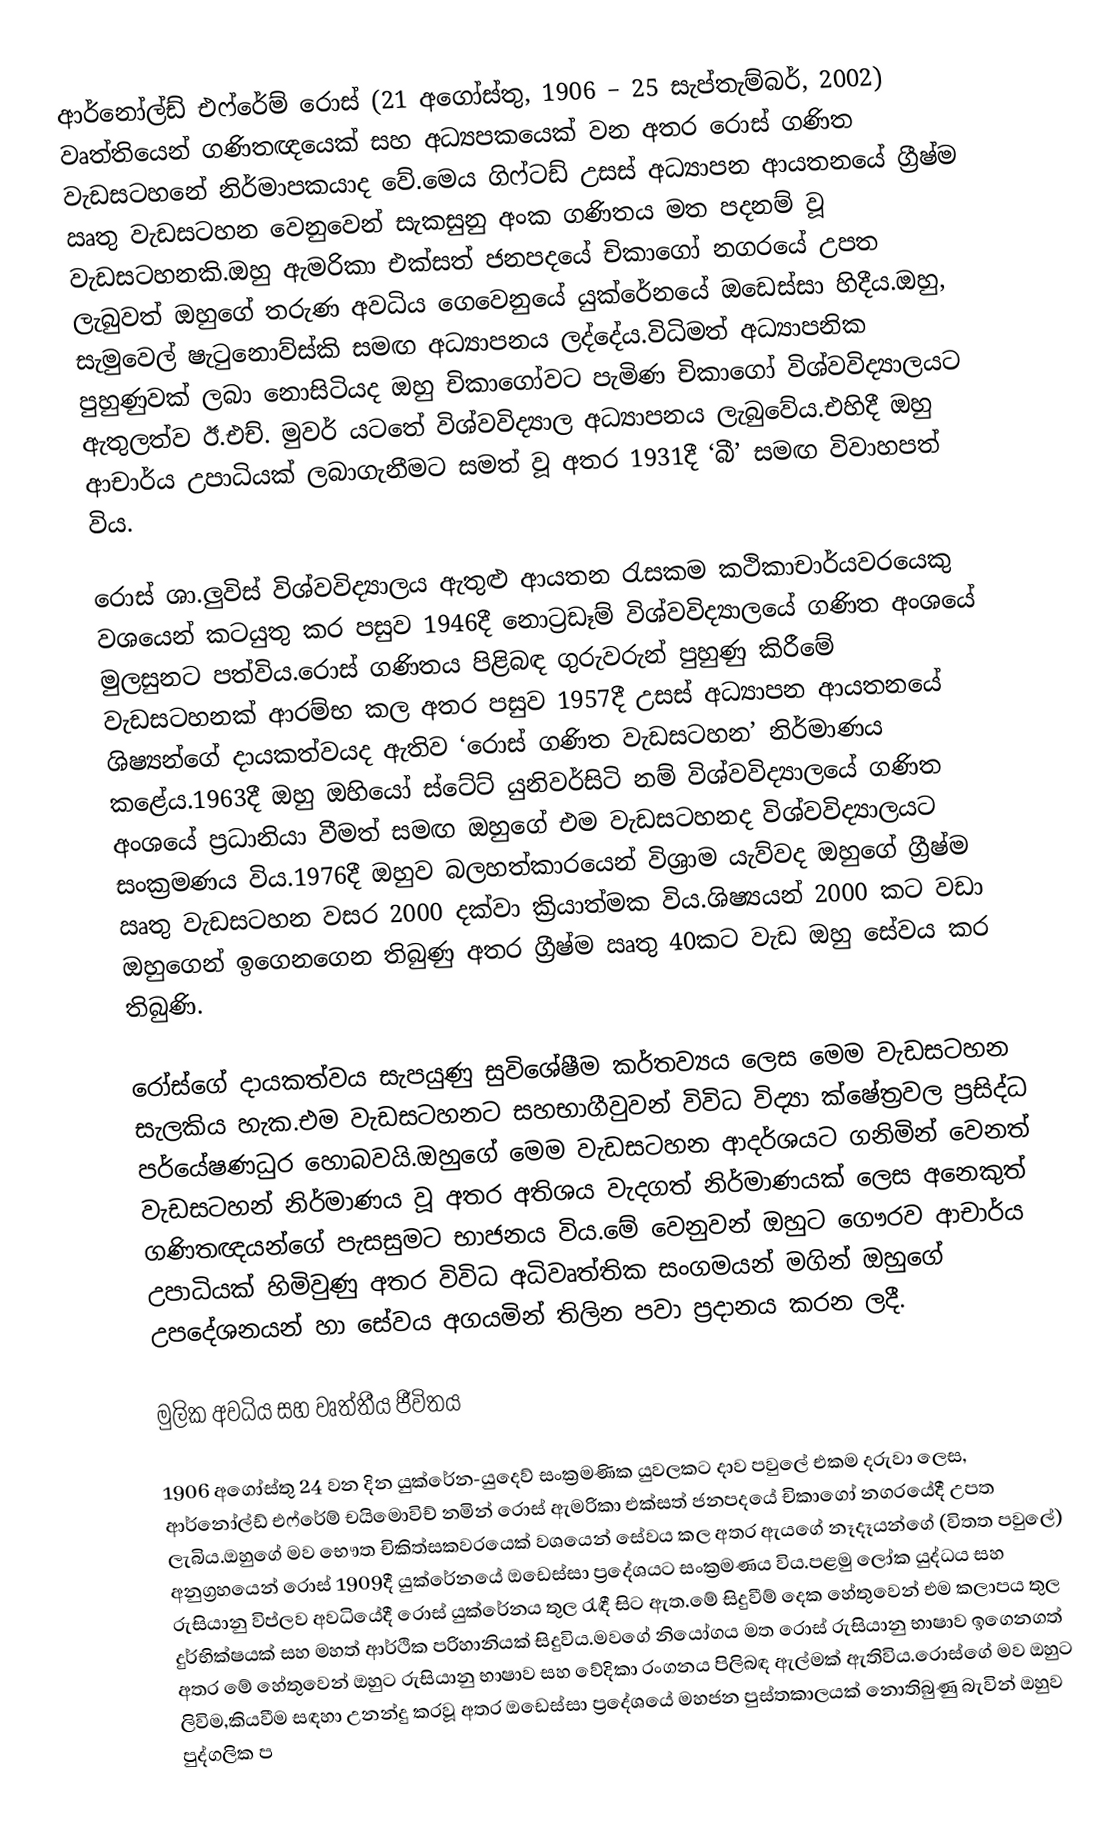
ආර්නෝල්ඩ් එෆ්රේම් රොස් (21 අගෝස්තු, 1906 – 25 සැප්තැම්බර්, 2002) වෘත්තියෙන් ගණිතඥයෙක් සහ අධ්‍යපකයෙක් වන අතර රොස් ගණිත වැඩසටහනේ නිර්මාපකයාද වේ.මෙය ගිෆ්ටඩ් උසස් අධ්‍යාපන ආයතනයේ ග්‍රීෂ්ම ඍතු වැඩසටහන වෙනුවෙන් සැකසුනු අංක ගණිතය මත පදනම් වූ වැඩසටහනකි.ඔහු ඇමරිකා එක්සත් ජනපදයේ චිකාගෝ නගරයේ උපත ලැබුවත් ඔහුගේ තරුණ අවධිය ගෙවෙනුයේ යුක්රේනයේ ඔඩෙස්සා හිදීය.ඔහු, සැමුවෙල් ෂැටුනොව්ස්කි සමඟ අධ්‍යාපනය ලද්දේය.විධිමත් අධ්‍යාපනික පුහුණුවක් ලබා නොසිටියද ඔහු චිකාගෝවට පැමිණ චිකාගෝ විශ්වවිද්‍යාලයට ඇතුලත්ව ඊ.එච්. මුවර් යටතේ විශ්වවිද්‍යාල අධ්‍යාපනය ලැබුවේය.එහිදී ඔහු ආචාර්ය උපාධියක් ලබාගැනීමට සමත් වූ අතර 1931දී  ‘බී’ සමඟ විවාහපත් විය.

රොස් ශා.ලුවිස් විශ්වවිද්‍යාලය ඇතුළු ආයතන රැසකම කථිකාචාර්යවරයෙකු වශයෙන් කටයුතු කර පසුව 1946දී නොට්‍රඩෑම් විශ්වවිද්‍යාලයේ ගණිත අංශයේ මුලසුනට පත්විය.රොස් ගණිතය පිළිබඳ ගුරුවරුන් පුහුණු කිරීමේ වැඩසටහනක් ආරම්භ කල අතර පසුව 1957දී උසස් අධ්‍යාපන ආයතනයේ ශිෂ්‍යන්ගේ දායකත්වයද ඇතිව ‘රොස් ගණිත වැඩසටහන’ නිර්මාණය කළේය.1963දී ඔහු ඔහියෝ ස්ටේට් යුනිවර්සිටි නම් විශ්වවිද්‍යාලයේ ගණිත අංශයේ ප්‍රධානියා වීමත් සමඟ ඔහුගේ එම වැඩසටහනද විශ්වවිද්‍යාලයට සංක්‍රමණය විය.1976දී ඔහුව බලහත්කාරයෙන් විශ්‍රාම යැව්වද ඔහුගේ ග්‍රීෂ්ම ඍතු වැඩසටහන වසර 2000 දක්වා ක්‍රියාත්මක විය.ශිෂ්‍යයන් 2000 කට වඩා ඔහුගෙන් ඉගෙනගෙන තිබුණු   අතර ග්‍රීෂ්ම ඍතු 40කට වැඩ ඔහු සේවය කර තිබුණි.

රෝස්ගේ දායකත්වය සැපයුණු සුවිශේෂීම කර්තව්‍යය ලෙස මෙම වැඩසටහන සැලකිය හැක.එම වැඩසටහනට සහභාගීවුවන් විවිධ විද්‍යා ක්ෂේත්‍රවල ප්‍රසිද්ධ පර්යේෂණධුර හොබවයි.ඔහුගේ මෙම වැඩසටහන ආදර්ශයට ගනිමින් වෙනත් වැඩසටහන් නිර්මාණය වූ අතර අතිශය වැදගත් නිර්මාණයක් ලෙස අනෙකුත් ගණිතඥයන්ගේ පැසසුමට භාජනය විය.මේ වෙනුවන් ඔහුට ගෞරව ආචාර්ය උපාධියක් හිමිවුණු අතර විවිධ අධිවෘත්තික සංගමයන් මගින් ඔහුගේ උපදේශනයන් හා සේවය අගයමින් තිලින පවා ප්‍රදානය කරන ලදී.

මුලික අවධිය සහ වෘත්තීය ජීවිතය

 1906 අගෝස්තු 24 වන දින යුක්රේන-යුදෙව් සංක්‍රමණික යුවලකට දාව පවුලේ එකම දරුවා ලෙස, ආර්නෝල්ඩ් එෆ්රේම් චයිමොවිච් නමින් රොස් ඇමරිකා එක්සත් ජනපදයේ චිකාගෝ නගරයේදී උපත ලැබිය.ඔහුගේ මව භෞත චිකිත්සකවරයෙක් වශයෙන් සේවය කල අතර ඇයගේ නෑදෑයන්ගේ (විතත පවුලේ) අනුග්‍රහයෙන් රොස් 1909දී  යුක්රේනයේ ඔඩෙස්සා ප්‍රදේශයට සංක්‍රමණය විය.පළමු ලෝක යුද්ධය සහ රුසියානු විප්ලව අවධියේදී රොස් යුක්රේනය තුල රැඳී සිට ඇත.මේ සිදුවීම් දෙක හේතුවෙන් එම කලාපය තුල දුර්භික්ෂයක් සහ මහත් ආර්ථික පරිහානියක් සිදුවිය.මවගේ නියෝගය මත රොස් රුසියානු භාෂාව ඉගෙනගත් අතර මේ හේතුවෙන් ඔහුට රුසියානු භාෂාව සහ වේදිකා රංගනය පිලිබඳ ඇල්මක් ඇතිවිය.රොස්ගේ මව ඔහුට ලිවිම,කියවීම සඳහා උනන්දු කරවූ අතර ඔඩෙස්සා ප්‍රදේශයේ මහජන පුස්තකාලයක් නොතිබුණු බැවින් ඔහුව පුද්ගලික ප